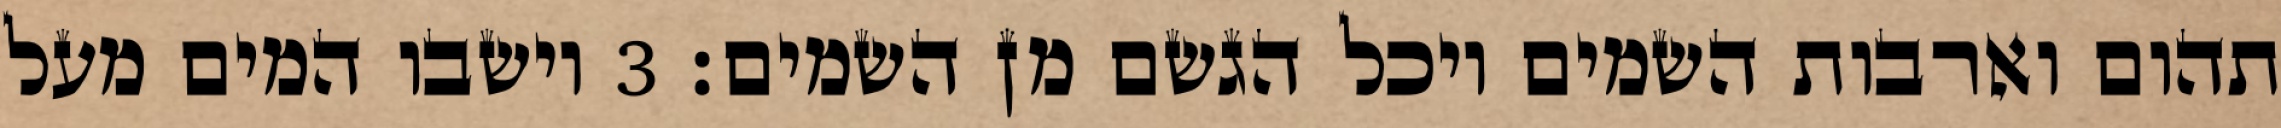
תהום וארבות השמים ויכל הגשם מן השמים׃ ‎3‏ וישבו המים מעל